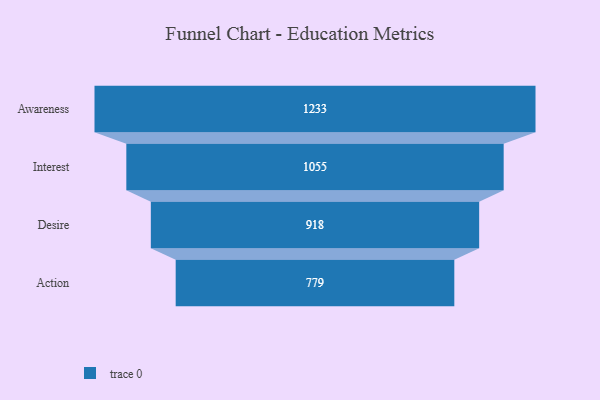
{"axis": {"x": "Stage", "y": "Value"}, "legend": [""], "data": [{"x": "Awareness", "y": 1233.0, "type": ""}, {"x": "Interest", "y": 1055.0, "type": ""}, {"x": "Desire", "y": 918.0, "type": ""}, {"x": "Action", "y": 779.0, "type": ""}]}